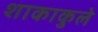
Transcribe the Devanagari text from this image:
शाकाकुले